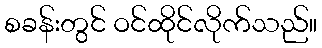
စခန်းတွင် ဝင်ထိုင်လိုက်သည်။